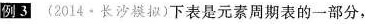
例3(2014·长沙模拟)下表是元素周期表的一部分，